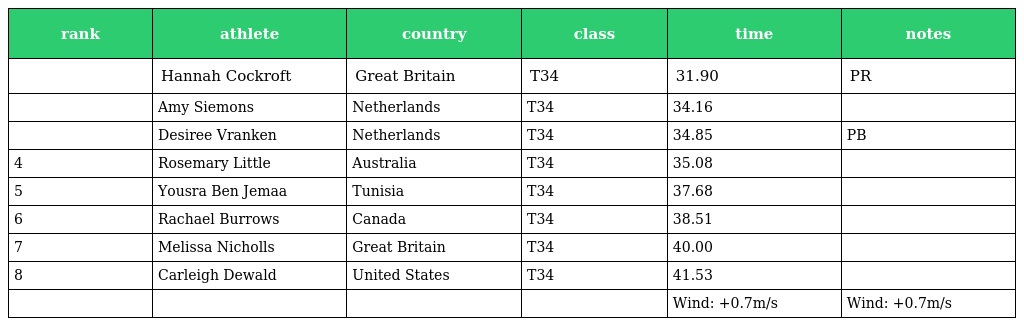
| rank | athlete | country | class | time | notes |
 | --- | --- | --- | --- | --- | --- |
 |  | Hannah Cockroft | Great Britain | T34 | 31.90 | PR |
 |  | Amy Siemons | Netherlands | T34 | 34.16 |  |
 |  | Desiree Vranken | Netherlands | T34 | 34.85 | PB |
 | 4 | Rosemary Little | Australia | T34 | 35.08 |  |
 | 5 | Yousra Ben Jemaa | Tunisia | T34 | 37.68 |  |
 | 6 | Rachael Burrows | Canada | T34 | 38.51 |  |
 | 7 | Melissa Nicholls | Great Britain | T34 | 40.00 |  |
 | 8 | Carleigh Dewald | United States | T34 | 41.53 |  |
 |  |  |  |  | Wind: +0.7m/s | Wind: +0.7m/s |